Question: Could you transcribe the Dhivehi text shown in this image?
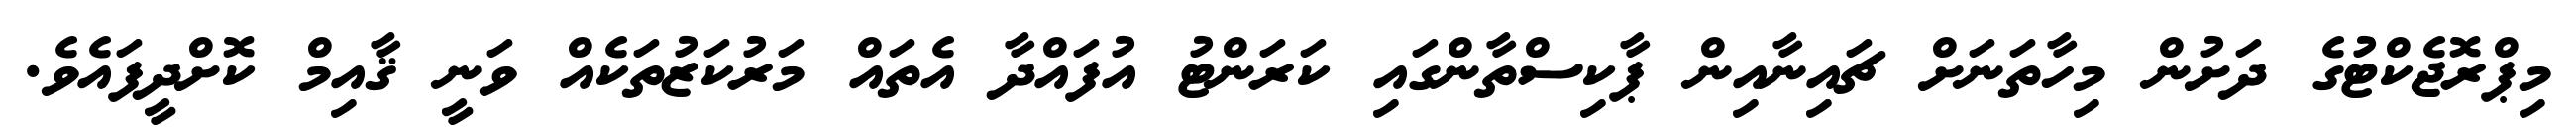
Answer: މިޕްރޮޖެކްޓުގެ ދަށުން މިހާތަނަށް ޗައިނާއިން ޕާކިސްތާންގައި ކަރަންޓު އުފައްދާ އެތައް މަރުކަޒުތަކެއް ވަނީ ޤާއިމް ކޮށްދީފައެވެ.